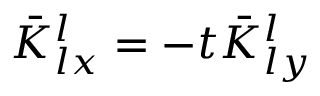
\bar { K } _ { l x } ^ { l } = - t \bar { K } _ { l y } ^ { l }